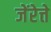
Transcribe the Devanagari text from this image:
जेंरेत्ते